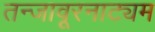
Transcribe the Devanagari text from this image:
तन्‍जावूरनाट्यम